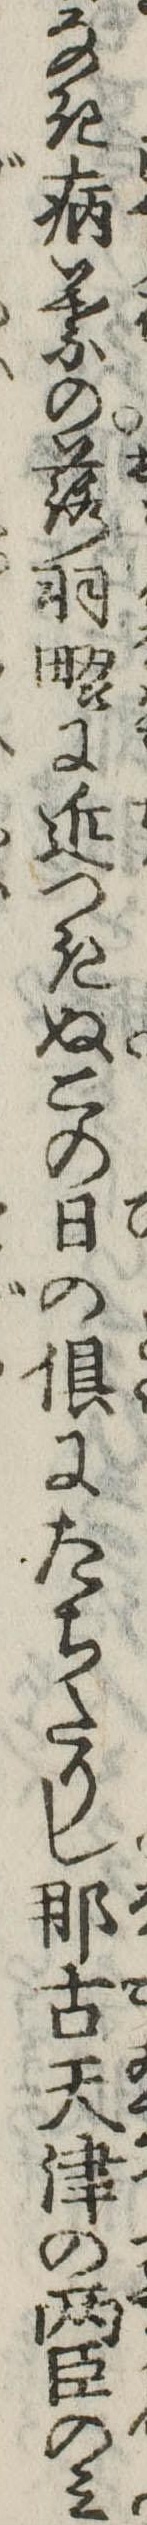
なき病葉の落羽畷に近つきぬこの日の倶にたちたりし那古天津の両臣のみ